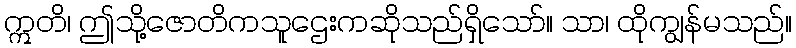
ဣတိ၊ ဤသို့ဇောတိကသူဌေးကဆိုသည်ရှိသော်။ သာ၊ ထိုကျွန်မသည်။